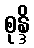
စုန္ဒိ